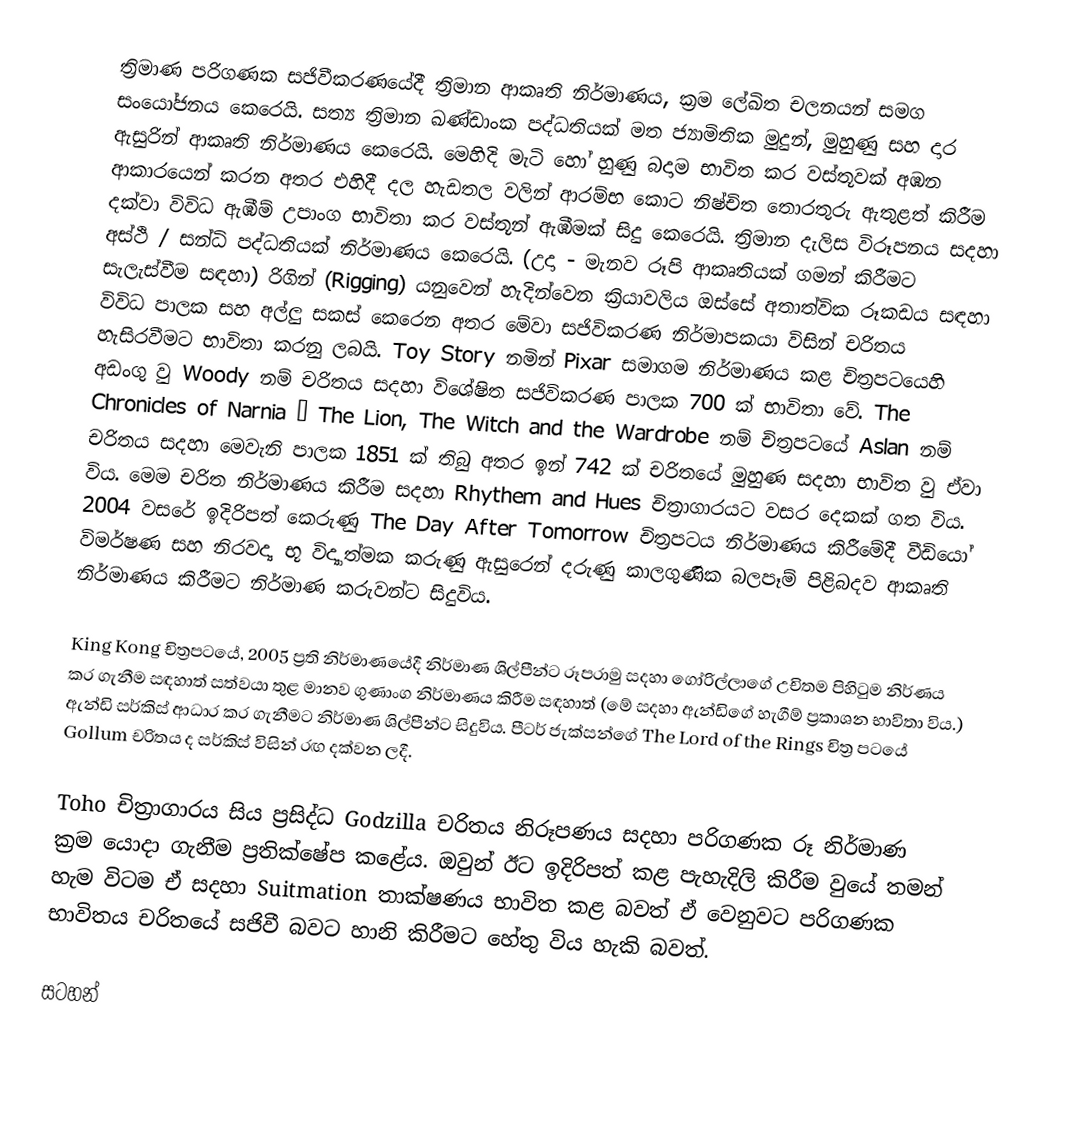
ත්‍රිමාණ පරිගණක සජිවීකරණයේදී ත්‍රිමාන ආකෘති නිර්මාණය, ක්‍රම ලේඛිත චලනයන් සමග සංයෝජනය කෙරෙයි. සත්‍ය ත්‍රිමාන ඛණ්ඩාංක පද්ධතියක් මත ජ්‍යාමිතික මුදුන්, මුහුණු සහ දාර ඇසුරින් ආකෘති නිර්මාණය කෙරෙයි. මෙහිදි මැටි හෝ හුණු බදාම භාවිත කර වස්තූවක් අඹන ආකාරයෙන් කරන අතර එහිදී දල හැඩතල වලින් ආරම්භ කොට නිෂ්චිත තොරතුරු ඇතුළත් කිරීම දක්වා විවිධ ඇඹීම් උපාංග භාවිතා කර වස්තූන් ඇඹීමක් සිදු කෙරෙයි. ත්‍රිමාන දැලිස විරූපනය සදහා අස්ථි / සන්ධි පද්ධතියක් නිර්මාණය කෙරෙයි. (උදා - මැනව රූපි ආකෘතියක් ගමන් කිරීමට සැලැස්වීම සඳහා) රිගින් (Rigging) යනුවෙන් හැදින්වෙන ක්‍රියාවලිය ඔස්සේ අතාත්වික රූකඩය සඳහා විවිධ පාලක සහ අල්ලු සකස් කෙරෙන අතර මේවා සජිවිකරණ නිර්මාපකයා විසින් චරිතය හැසිරවීමට භාවිතා කරනු ලබයි. Toy Story නමින් Pixar සමාගම නිර්මාණය කළ චිත්‍රපටයෙහි අඩංගු වු Woody නම් චරිතය සදහා විශේෂිත සජිවිකරණ පාලක 700 ක් භාවිතා වේ. The Chronicles of Narnia – The Lion, The Witch and the Wardrobe නම් චිත්‍රපටයේ Aslan නම් චරිතය සදහා මෙවැනි පාලක 1851 ක් තිබු අතර ඉන් 742 ක් චරිතයේ මුහුණ සදහා භාවිත වු ඒවා විය. මෙම චරිත නිර්මාණය කිරීම සදහා Rhythem and Hues චිත්‍රාගාරයට වසර දෙකක් ගත විය. 2004 වසරේ ඉදිරිපත් කෙරුණු The Day After Tomorrow චිත්‍රපටය නිර්මාණය කිරීමේදී වීඩියෝ විමර්ෂණ සහ නිරවද්‍ය භූ විද්‍යාත්මක කරුණු ඇසුරෙන් දරුණු කාලගුණික බලපෑම් පිළිබදව ආකෘති නිර්මාණය කිරීමට නිර්මාණ කරුවන්ට සිදුවිය.

King Kong චිත්‍රපටයේ, 2005 ප්‍රති නිර්මාණයේදී නිර්මාණ ශිල්පීන්ට රූපරාමු සදහා ගෝරිල්ලාගේ උචිතම පිහිටුම නිර්ණය කර ගැනීම සඳහාත් සත්වයා තුළ මානව ගුණාංග නිර්මාණය කිරීම සඳහාත් (මේ සදහා ඇන්ඩිගේ හැගීම් ප්‍රකාශන භාවිතා විය.) ඇන්ඩි සර්කිස් ආධාර කර ගැනීමට නිර්මාණ ශිල්පීන්ට සිදුවිය. පීටර් ජැක්සන්ගේ The Lord of the Rings චිත්‍ර පටයේ Gollum චරිතය ද සර්කිස් විසින් රඟ දක්වන ලදී.

Toho චිත්‍රාගාරය සිය ප්‍රසිද්ධ Godzilla චරිතය නිරූපණය සදහා පරිගණක රූ නිර්මාණ ක්‍රම යොදා ගැනීම ප්‍රතික්ෂේප කළේය. ඔවුන් ඊට ඉදිරිපත් කළ පැහැදිලි කිරීම වුයේ තමන් හැම විටම ඒ සදහා Suitmation තාක්ෂණය භාවිත කළ බවත් ඒ වෙනුවට පරිගණක භාවිතය චරිතයේ සජිවී බවට හානි කිරීමට හේතු විය හැකි බවත්.

සටහන්